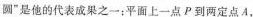
圆”是他的代表成果之一：平面上一点P到两定点A，